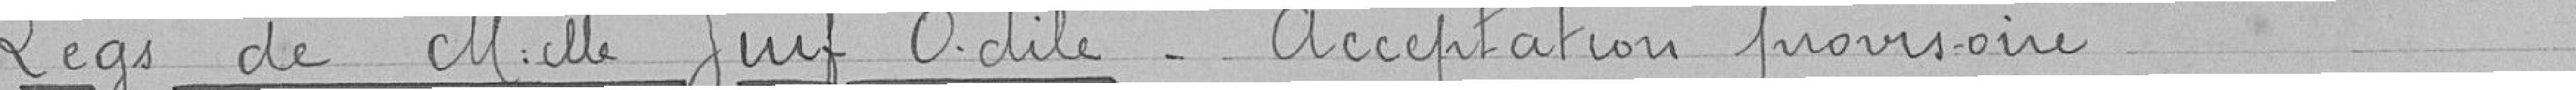
Legs de Melle Juif Odile - Acceptation provisoire